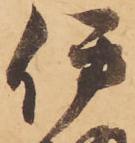
伊